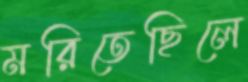
মরিতেছিলে